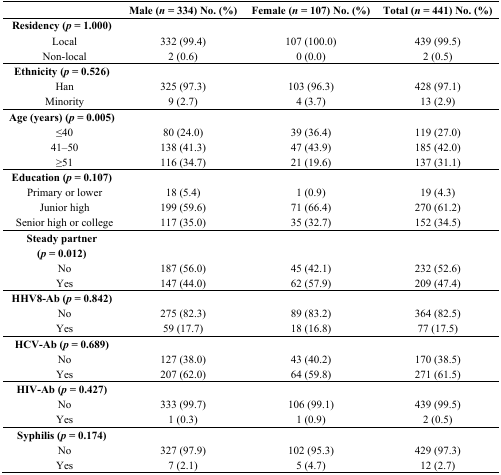
|  | Male (n = 334) No. (%) | Female (n = 107) No. (%) | Total (n = 441) No. (%) |
 | --- | --- | --- | --- |
 | Residency (p = 1.000) |  |  |  |
 | Local | 332 (99.4) | 107 (100.0) | 439 (99.5) |
 | Non-local | 2 (0.6) | 0 (0.0) | 2 (0.5) |
 | Ethnicity (p = 0.526) |  |  |  |
 | Han | 325 (97.3) | 103 (96.3) | 428 (97.1) |
 | Minority | 9 (2.7) | 4 (3.7) | 13 (2.9) |
 | Age (years) (p = 0.005) |  |  |  |
 | ≤40 | 80 (24.0) | 39 (36.4) | 119 (27.0) |
 | 41–50 | 138 (41.3) | 47 (43.9) | 185 (42.0) |
 | ≥51 | 116 (34.7) | 21 (19.6) | 137 (31.1) |
 | Education (p = 0.107) |  |  |  |
 | Primary or lower | 18 (5.4) | 1 (0.9) | 19 (4.3) |
 | Junior high | 199 (59.6) | 71 (66.4) | 270 (61.2) |
 | Senior high or college | 117 (35.0) | 35 (32.7) | 152 (34.5) |
 | Steady partner (p = 0.012) |  |  |  |
 | No | 187 (56.0) | 45 (42.1) | 232 (52.6) |
 | Yes | 147 (44.0) | 62 (57.9) | 209 (47.4) |
 | HHV8-Ab (p = 0.842) |  |  |  |
 | No | 275 (82.3) | 89 (83.2) | 364 (82.5) |
 | Yes | 59 (17.7) | 18 (16.8) | 77 (17.5) |
 | HCV-Ab (p = 0.689) |  |  |  |
 | No | 127 (38.0) | 43 (40.2) | 170 (38.5) |
 | Yes | 207 (62.0) | 64 (59.8) | 271 (61.5) |
 | HIV-Ab (p = 0.427) |  |  |  |
 | No | 333 (99.7) | 106 (99.1) | 439 (99.5) |
 | Yes | 1 (0.3) | 1 (0.9) | 2 (0.5) |
 | Syphilis (p = 0.174) |  |  |  |
 | No | 327 (97.9) | 102 (95.3) | 429 (97.3) |
 | Yes | 7 (2.1) | 5 (4.7) | 12 (2.7) |